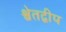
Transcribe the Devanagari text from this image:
श्वेतद्वीप